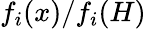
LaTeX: {f_{i}}(x)/{f_{i}}(H)